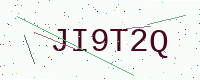
Text: JI9T2Q